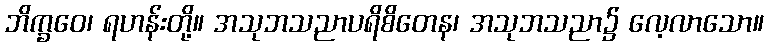
ဘိက္ခဝေ၊ ရဟန်းတို့။ အသုဘသညာပရိစိတေန၊ အသုဘသညာ၌ လေ့လာသော။